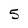
Character: 5